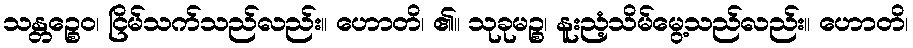
သန္တဉ္စေဝ၊ ငြိမ်သက်သည်လည်း။ ဟောတိ၊ ၏။ သုခုမဉ္စ၊ နူးညံ့သိမ်မွေ့သည်လည်း။ ဟောတိ၊